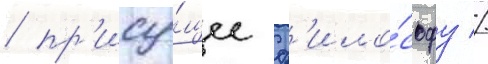
/ пр'ису́щее ф'ило́софу //